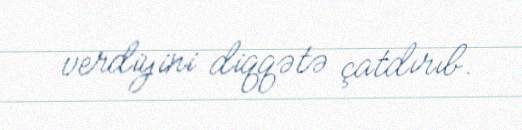
verdiyini diqqətə çatdırıb.